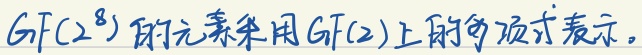
\(GF(2^8)\)的元素采用\(GF(2)\)上的多项式表示。